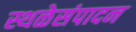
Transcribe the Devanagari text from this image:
स्थळेसंपादन